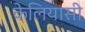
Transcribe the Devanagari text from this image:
केलियासी